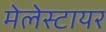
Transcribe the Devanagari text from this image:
मेलेस्टायर